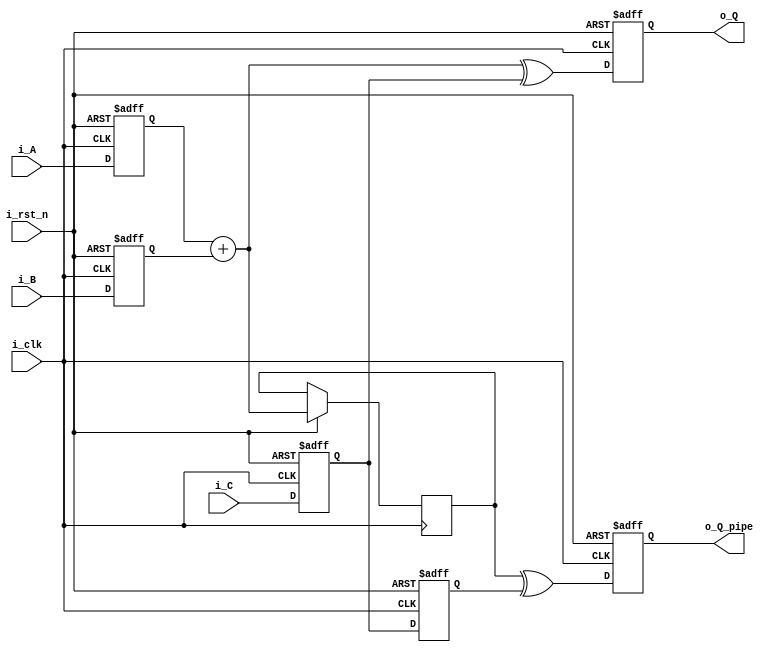
`timescale 1ns/ 1ps
module pipelined(
i_clk,
i_rst_n,
i_A,
i_B,
i_C,
o_Q,
o_Q_pipe
);

parameter WIDTH = 4;

input i_clk, i_rst_n;

input [WIDTH-1:0] i_A, i_B, i_C;

wire [WIDTH-1:0] AB_sum, ABxorC;

output reg [WIDTH-1:0] o_Q, o_Q_pipe;

reg[WIDTH-1:0] A, B, C, C_next, ABsum;

assign AB_sum = A + B; 
assign ABxorC = AB_sum ^ C;


always @(posedge i_clk or negedge i_rst_n) begin
	if(!i_rst_n)begin
		A <= 4'b0000; 
		B <= 4'b0000;
		C <= 4'b0000;
		C_next <= 4'b0000;
		o_Q <= 4'b0000;
		o_Q_pipe <= 4'b0000;
	end else begin
		o_Q_pipe <= ABsum ^ C_next;
	
		ABsum <= A + B;
	
		A <= i_A;

		B <= i_B;

		C_next <= C;

		C <= i_C;

		o_Q <= ABxorC;

end
end
endmodule